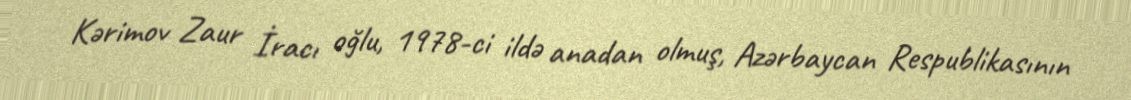
Kərimov Zaur İracı oğlu, 1978-ci ildə anadan olmuş, Azərbaycan Respublikasının